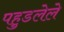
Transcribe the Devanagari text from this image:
पहुडलेले